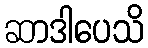
ဆာဒါပေသိ